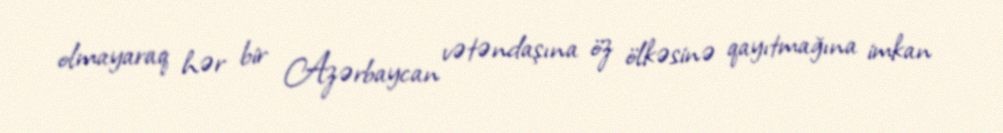
olmayaraq hər bir Azərbaycan vətəndaşına öz ölkəsinə qayıtmağına imkan